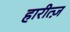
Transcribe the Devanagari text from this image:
हारीत्ज़